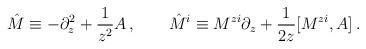
LaTeX: \begin{align*}\hat{M}\equiv -\partial_z^2+\frac{1}{z^2}A\,,\qquad\hat{M}^i\equiv M^{zi}\partial_z+\frac{1}{2z}[M^{zi},A]\,.\end{align*}